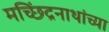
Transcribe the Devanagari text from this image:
मच्छिंद्रनाथांच्या